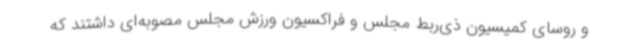
و روسای کمیسیون ذی‌ربط مجلس و فراکسیون ورزش مجلس مصوبه‌ای داشتند که